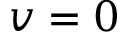
v = 0